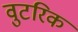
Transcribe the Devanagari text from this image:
वुटरिक